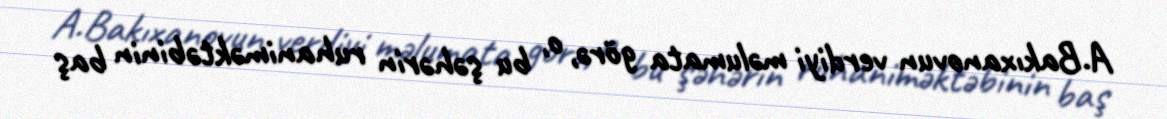
A.Bakıxanovun verdiyi məlumata görə, o, bu şəhərin ruhaniməktəbinin baş